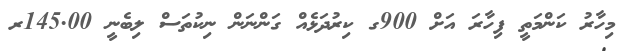
މިހާރު ކަންމަތީ ފިހާރަ އަށް 900ގ ކިރުދަޅެއް ގަންނަން ނިކުތަސް ލިބެނީ 145.00ރ